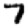
Digit: 7